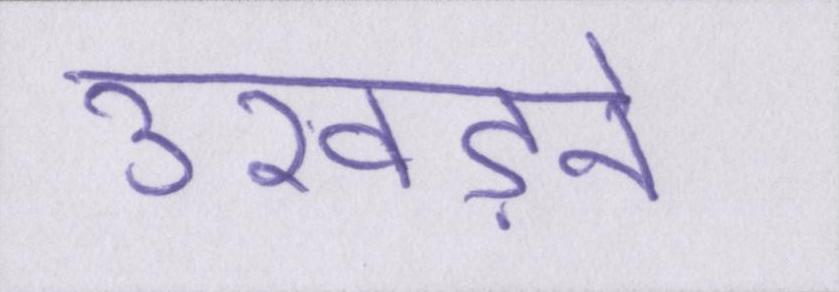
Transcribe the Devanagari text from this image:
उखड़ने